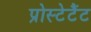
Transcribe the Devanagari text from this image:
प्रोस्टेटैंट